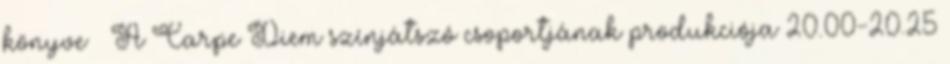
könyve – A Carpe Diem színjátszó csoportjának produkciója 20.00-20.25